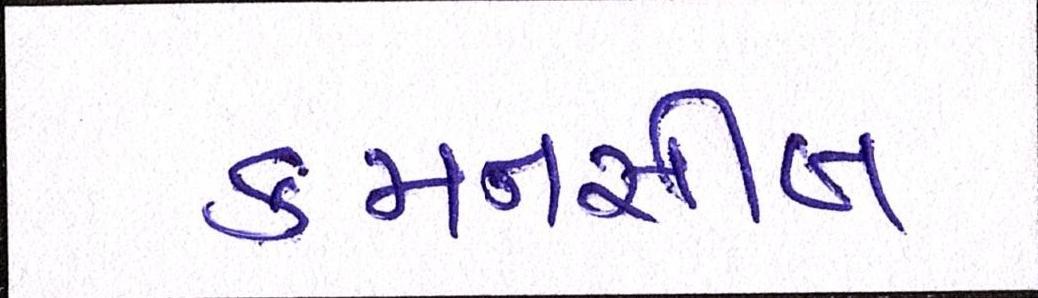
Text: કમનસીબ